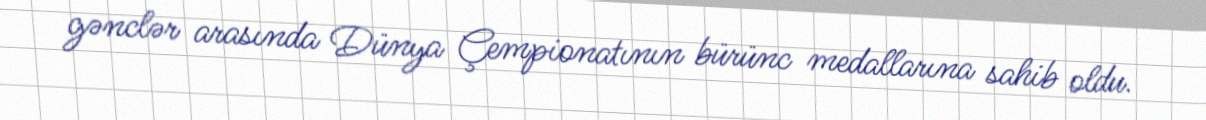
gənclər arasında Dünya Çempionatının bürünc medallarına sahib oldu.